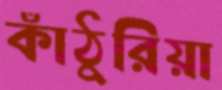
কাঁঠুরিয়া